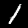
Digit: 1